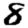
Digit: 8